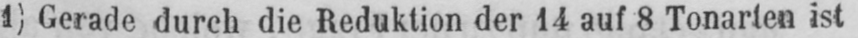
1) Gerade durch die Reduktion der 14 auf 8 Tonarten ist